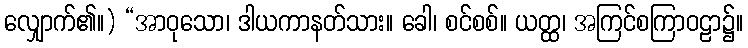
လျှောက်၏။) “အာဝုသော၊ ဒါယကာနတ်သား။ ခေါ၊ စင်စစ်။ ယတ္ထ၊ အကြင်စကြာဝဠာ၌။